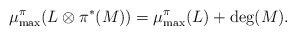
\begin{align*}\mu_{\max}^{\pi}(L\otimes\pi^*(M))=\mu_{\max}^{\pi}(L)+\deg(M).\end{align*}